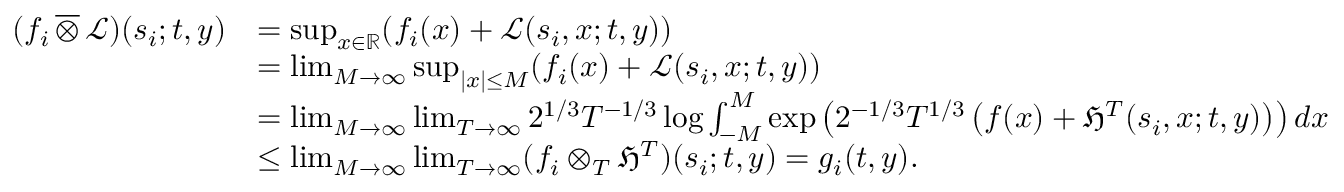
\begin{array} { r l } { ( f _ { i } \, \overline { { \otimes } } \, \mathcal { L } ) ( s _ { i } ; t , y ) } & { = \operatorname* { s u p } _ { x \in \mathbb { R } } ( f _ { i } ( x ) + \mathcal { L } ( s _ { i } , x ; t , y ) ) } \\ & { = \operatorname* { l i m } _ { M \to \infty } \operatorname* { s u p } _ { | x | \leq M } ( f _ { i } ( x ) + \mathcal { L } ( s _ { i } , x ; t , y ) ) } \\ & { = \operatorname* { l i m } _ { M \to \infty } \operatorname* { l i m } _ { T \to \infty } 2 ^ { 1 / 3 } T ^ { - 1 / 3 } \log \int _ { - M } ^ { M } \exp \left( 2 ^ { - 1 / 3 } T ^ { 1 / 3 } \left( f ( x ) + \mathfrak { H } ^ { T } ( s _ { i } , x ; t , y ) \right) \right) d x } \\ & { \leq \operatorname* { l i m } _ { M \to \infty } \operatorname* { l i m } _ { T \to \infty } ( f _ { i } \otimes _ { T } \mathfrak { H } ^ { T } ) ( s _ { i } ; t , y ) = g _ { i } ( t , y ) . } \end{array}